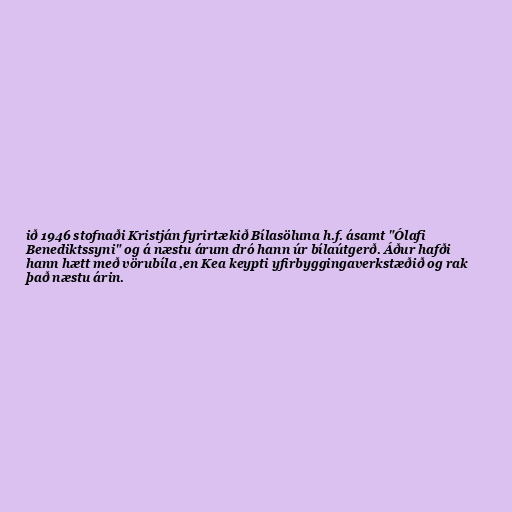
ið 1946 stofnaði Kristján fyrirtækið Bílasöluna h.f. ásamt "Ólafi
Benediktssyni" og á næstu árum dró hann úr bílaútgerð. Áður hafði
hann hætt með vörubíla ,en Kea keypti yfirbyggingaverkstæðið og rak
það næstu árin.